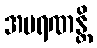
အမရဏန္တိ